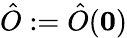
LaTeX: \hat{O}:=\hat{O}(\mathbf{0})